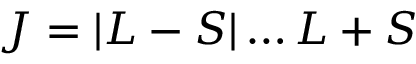
J = | L - S | \dots L + S